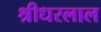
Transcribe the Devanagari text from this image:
श्रीधरलाल